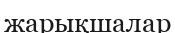
жарықшалар